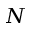
N